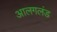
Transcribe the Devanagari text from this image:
आलगलंड